Civil Veterinary Department. United Provinces 1923-31 - 1923-1931
Year: 1923
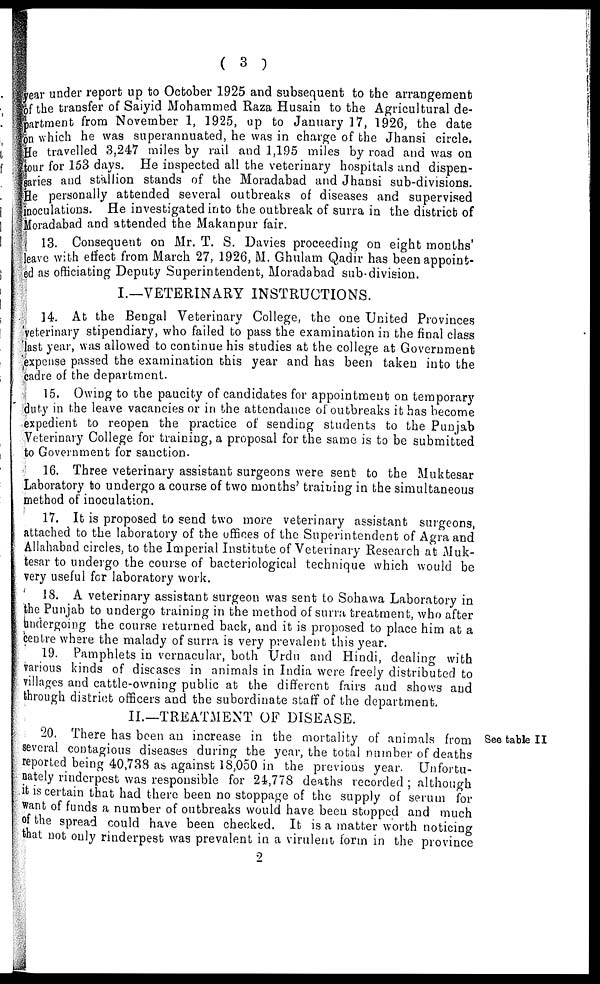
( 3 )
year under report up to October 1925 and subsequent to the arrangement
of the transfer of Saiyid Mohammed Raza Husain to the Agricultural de-
partment from November 1, 1925, up to January 17, 1926, the date
on which he was superannuated, he was in charge of the Jhansi circle.
He travelled 3,247 miles by rail and 1,195 miles by road and was on
tour for 153 days. He inspected all the veterinary hospitals and dispen-
saries and stallion stands of the Moradabad and Jhansi sub-divisions.
He personally attended several outbreaks of diseases and supervised
inoculations. He investigated into the outbreak of surra in the district of
Moradabad and attended the Makanpur fair.
13. Consequent on Mr. T. S. Davies proceeding on eight months'
leave with effect from March 27, 1926, M. Ghulam Qadir has been appoint-
ed as officiating Deputy Superintendent, Moradabad sub-division.
I.—VETERINARY INSTRUCTIONS.
14. At the Bengal Veterinary College, the one United Provinces
veterinary stipendiary, who failed to pass the examination in the final class
last year, was allowed to continue his studies at the college at Government
expense passed the examination this year and has been taken into the
cadre of the department.
15. Owing to the paucity of candidates for appointment on temporary
duty in the leave vacancies or in the attendance of outbreaks it has become
expedient to reopen the practice of sending students to the Punjab
Veterinary College for training, a proposal for the same is to be submitted
to Government for sanction.
16. Three veterinary assistant surgeons were sent to the Muktesar
Laboratory to undergo a course of two months' training in the simultaneous
method of inoculation.
17. It is proposed to send two more veterinary assistant surgeons,
attached to the laboratory of the offices of the Superintendent of Agra and
Allahabad circles, to the Imperial Institute of Veterinary Research at Muk-
tesar to undergo the course of bacteriological technique which would be
very useful for laboratory work.
18. A veterinary assistant surgeon was sent to Sohawa Laboratory in
the Punjab to undergo training in the method of surra treatment, who after
undergoing the course returned back, and it is proposed to place him at a
centre where the malady of surra is very prevalent this year.
19. Pamphlets in vernacular, both Urdu and Hindi, dealing with
various kinds of diseases in animals in India were freely distributed to
villages and cattle-owning public at the different fairs and shows and
through district officers and the subordinate staff of the department.
II.—TREATMENT OF DISEASE.
See table
20, There has been an increase in the mortality of animals from
several contagious diseases during the year, the total number of deaths
reported being 40,738 as against 18,050 in the previous year. Unfortu-
nately rinderpest was responsible for 24,778 deaths recorded ; although
it is certain that had there been no stoppage of the supply of serum for
Want of funds a number of outbreaks would have been stopped and much
of the spread could have been checked. It is a matter worth noticing
that not only rinderpest was prevalent in a virulent form in the province
2